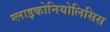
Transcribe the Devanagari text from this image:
ग्लाइकोनियोलिसिस